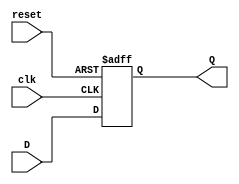
//Verilog HDL for "PD", "d_flop" "functional"

module d_flop(
	input D,
	input clk,
	input reset,
	output reg Q
);

	initial Q = 0;

	always @(posedge clk or posedge reset) begin
		if(reset==1'b1)
			Q <= 1'b0;
		else
			Q <= D;
	end
endmodule